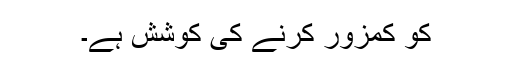
کو کمزور کرنے کی کوشش ہے۔